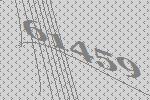
61459